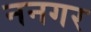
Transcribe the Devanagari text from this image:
ननगर